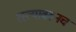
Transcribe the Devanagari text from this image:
रस्त्यावरुनच